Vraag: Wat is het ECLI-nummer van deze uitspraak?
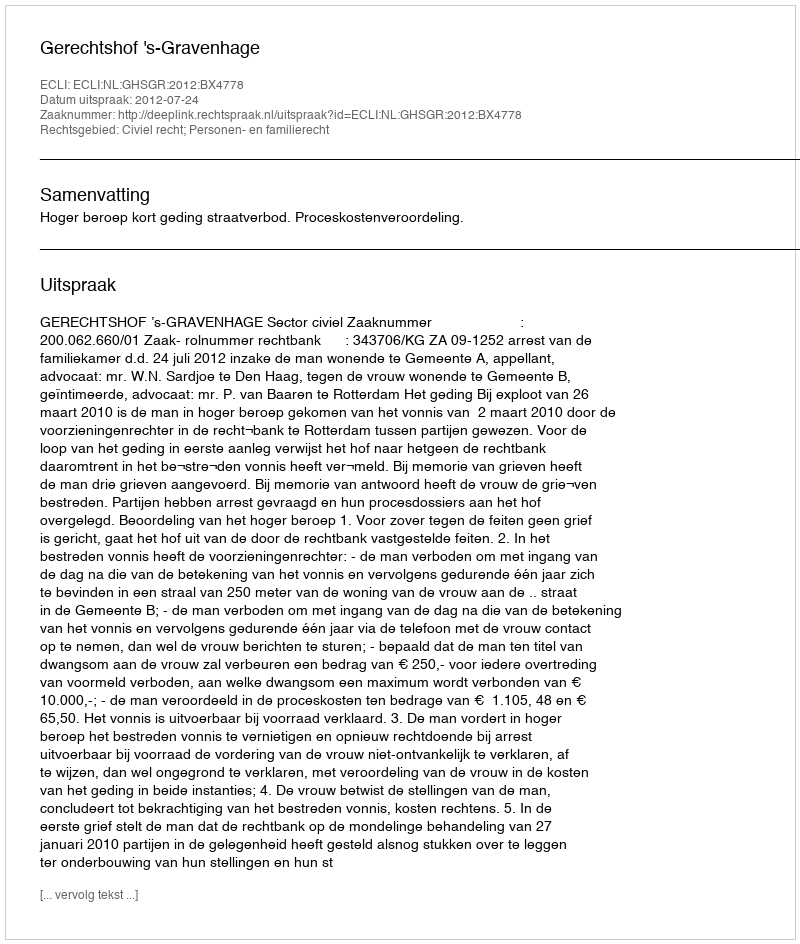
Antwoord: ECLI:NL:GHSGR:2012:BX4778